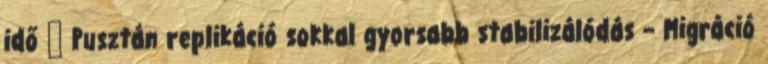
idő ● Pusztán replikáció sokkal gyorsabb stabilizálódás – Migráció